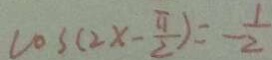
\cos ( 2 x - \frac { \pi } { 2 } ) = - \frac { 1 } { 2 }